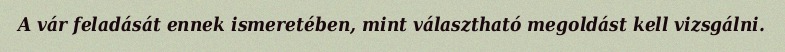
A vár feladását ennek ismeretében, mint választható megoldást kell vizsgálni.